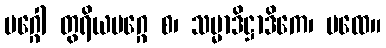
မဂ္ဂေါ တွရိယမဂ္ဂေ စ၊ သမ္မာဒိဋ္ဌာဒိကေ၊ ပထေ။